system: You are a helpful assistant.
user:
Analyze the provided spectrum to determine if it is a **White Dwarf (WD)**.

A White Dwarf spectrum is defined by its **extreme purity** (due to gravitational settling) and/or **extreme pressure broadening** (due to high surface gravity). You must check for one of the following mutually exclusive signatures:

- **Key Visual Indicators (Check for ONE of these types):**

    - **1. DA-Type Signature (Most Common):**
        - **(Primary Feature):** Extreme pressure broadening (Stark broadening) of the **Hydrogen (H) Balmer lines**.
        - **(Key Lines):** $H\beta$ (approx. $4861$ Å) and $H\gamma$ (approx. $4340$ Å). $H\alpha$ (approx. $6563$ Å) will also be present if the wavelength range covers it.
        - **(Line Profile):** This is the **defining feature**. The lines are **NOT** sharp. They appear as massive, **extremely broad and deep "troughs" or "dips"** in the spectrum, often hundreds of Ångströms wide. The continuum will appear to "scoop" down at these wavelengths.
        - **(Distinction):** Normal A-type or B-type stars have *narrow* and *sharp* Hydrogen lines. A DA White Dwarf's lines are unmistakably "smeared" or "blurry" from pressure.

    - **2. DB-Type Signature:**
        - **(Primary Feature):** Broad absorption lines from **Neutral Helium (He I)**. The spectrum must lack any visible Hydrogen lines.
        - **(Key Lines):** Look for broad absorption near $4471$ Å, $4921$ Å, and $5876$ Å.
        - **(Line Profile):** These lines are also significantly pressure-broadened, appearing much wider than they would in a normal B-type main-sequence star.

    - **3. DC-Type Signature:**
        - **(Primary Feature):** A **featureless continuous spectrum**.
        - **(Line Profile):** The spectrum is a smooth curve with **no significant absorption or emission lines**.
        - **(Key Confirmation):** The continuum is almost always **blue or white**, indicating a hot object. This signature implies the atmosphere is so pure (or so cool) that no spectral lines are visible in the optical range. Its WD identity is confirmed by its extremely low intrinsic brightness (high absolute magnitude).

    - **4. DZ-Type Signature (Metal-Polluted):**
        - **(Primary Feature):** **Isolated, narrow metal absorption lines** on an otherwise featureless (DC-like) continuum.
        - **(Key Lines):** The **Calcium (Ca II) H & K doublet** (approx. **$3934$ Å** and **$3968$ Å**) is the most common and defining feature.
        - **(Line Profile):** These lines are "out of place." They are *not* part of a "forest" of thousands of lines. This signature is evidence of recent *accretion* (pollution) from rocky debris.
        - **(Distinction):** Normal G/K/M stars have a *dense forest* of thousands of metal lines. A DZ has a *clean* continuum with *only a few* strong metal lines.

    - **5. DQ-Type Signature (Carbon-Polluted):**
        - **(Primary Feature):** Absorption bands from **Carbon (C₂ "Swan Bands" or atomic C I)**.
        - **(Key Lines - C₂):** Look for bandheads with a "saw-tooth" shape near $5635$ Å, **$5165$ Å** (strongest), and $4737$ Å.
        - **(Key Confirmation):** The underlying **continuum must be blue or white** (hot).
        - **(Distinction):** This is the critical difference from a **Carbon Star**, which has the *exact same* C₂ bands but on an extremely **red, cool** continuum.

- **(Overall Spectrum):**
    - The continuum (overall shape) is typically **blue-sloping** (brighter in the blue than the red), as most white dwarfs are very hot.
    - The spectrum will look "pure" or "simple," dominated by only *one* of the five signatures listed above.

Think first, call **spectral_visualization_tool** if needed to examine features in detail, then provide your final answer. Your response must adhere to the following strict rules:
1.  **Overall Structure:** Your response must follow the format `<think>...</think> <tool_call>...</tool_call> (if a tool is used) <answer>...</answer>`.
2.  **Tool Usage Constraint:** You may only make **one** tool call per turn.
3.  **Final Answer Format:** In the `<answer>` tag, your conclusion must be inside a `\boxed{}` command (e.g., `\boxed{YES}` or `\boxed{NO}`), followed by your justification.

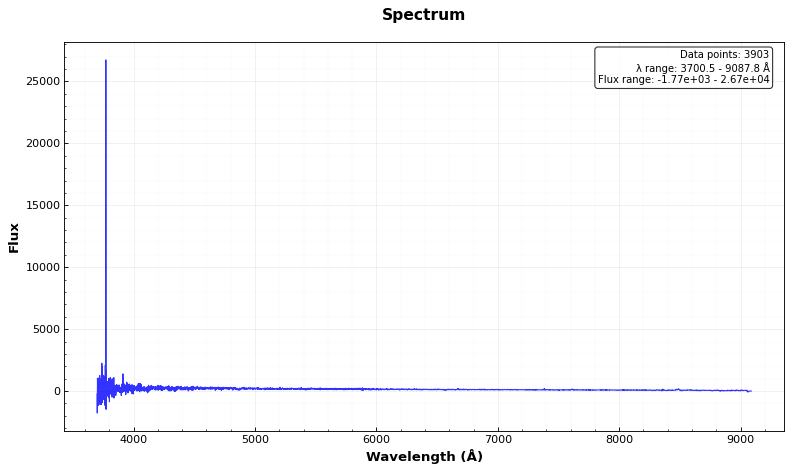
Answer: YES